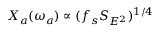
X _ { a } ( \omega _ { a } ) \propto ( f _ { s } S _ { E ^ { 2 } } ) ^ { 1 / 4 }